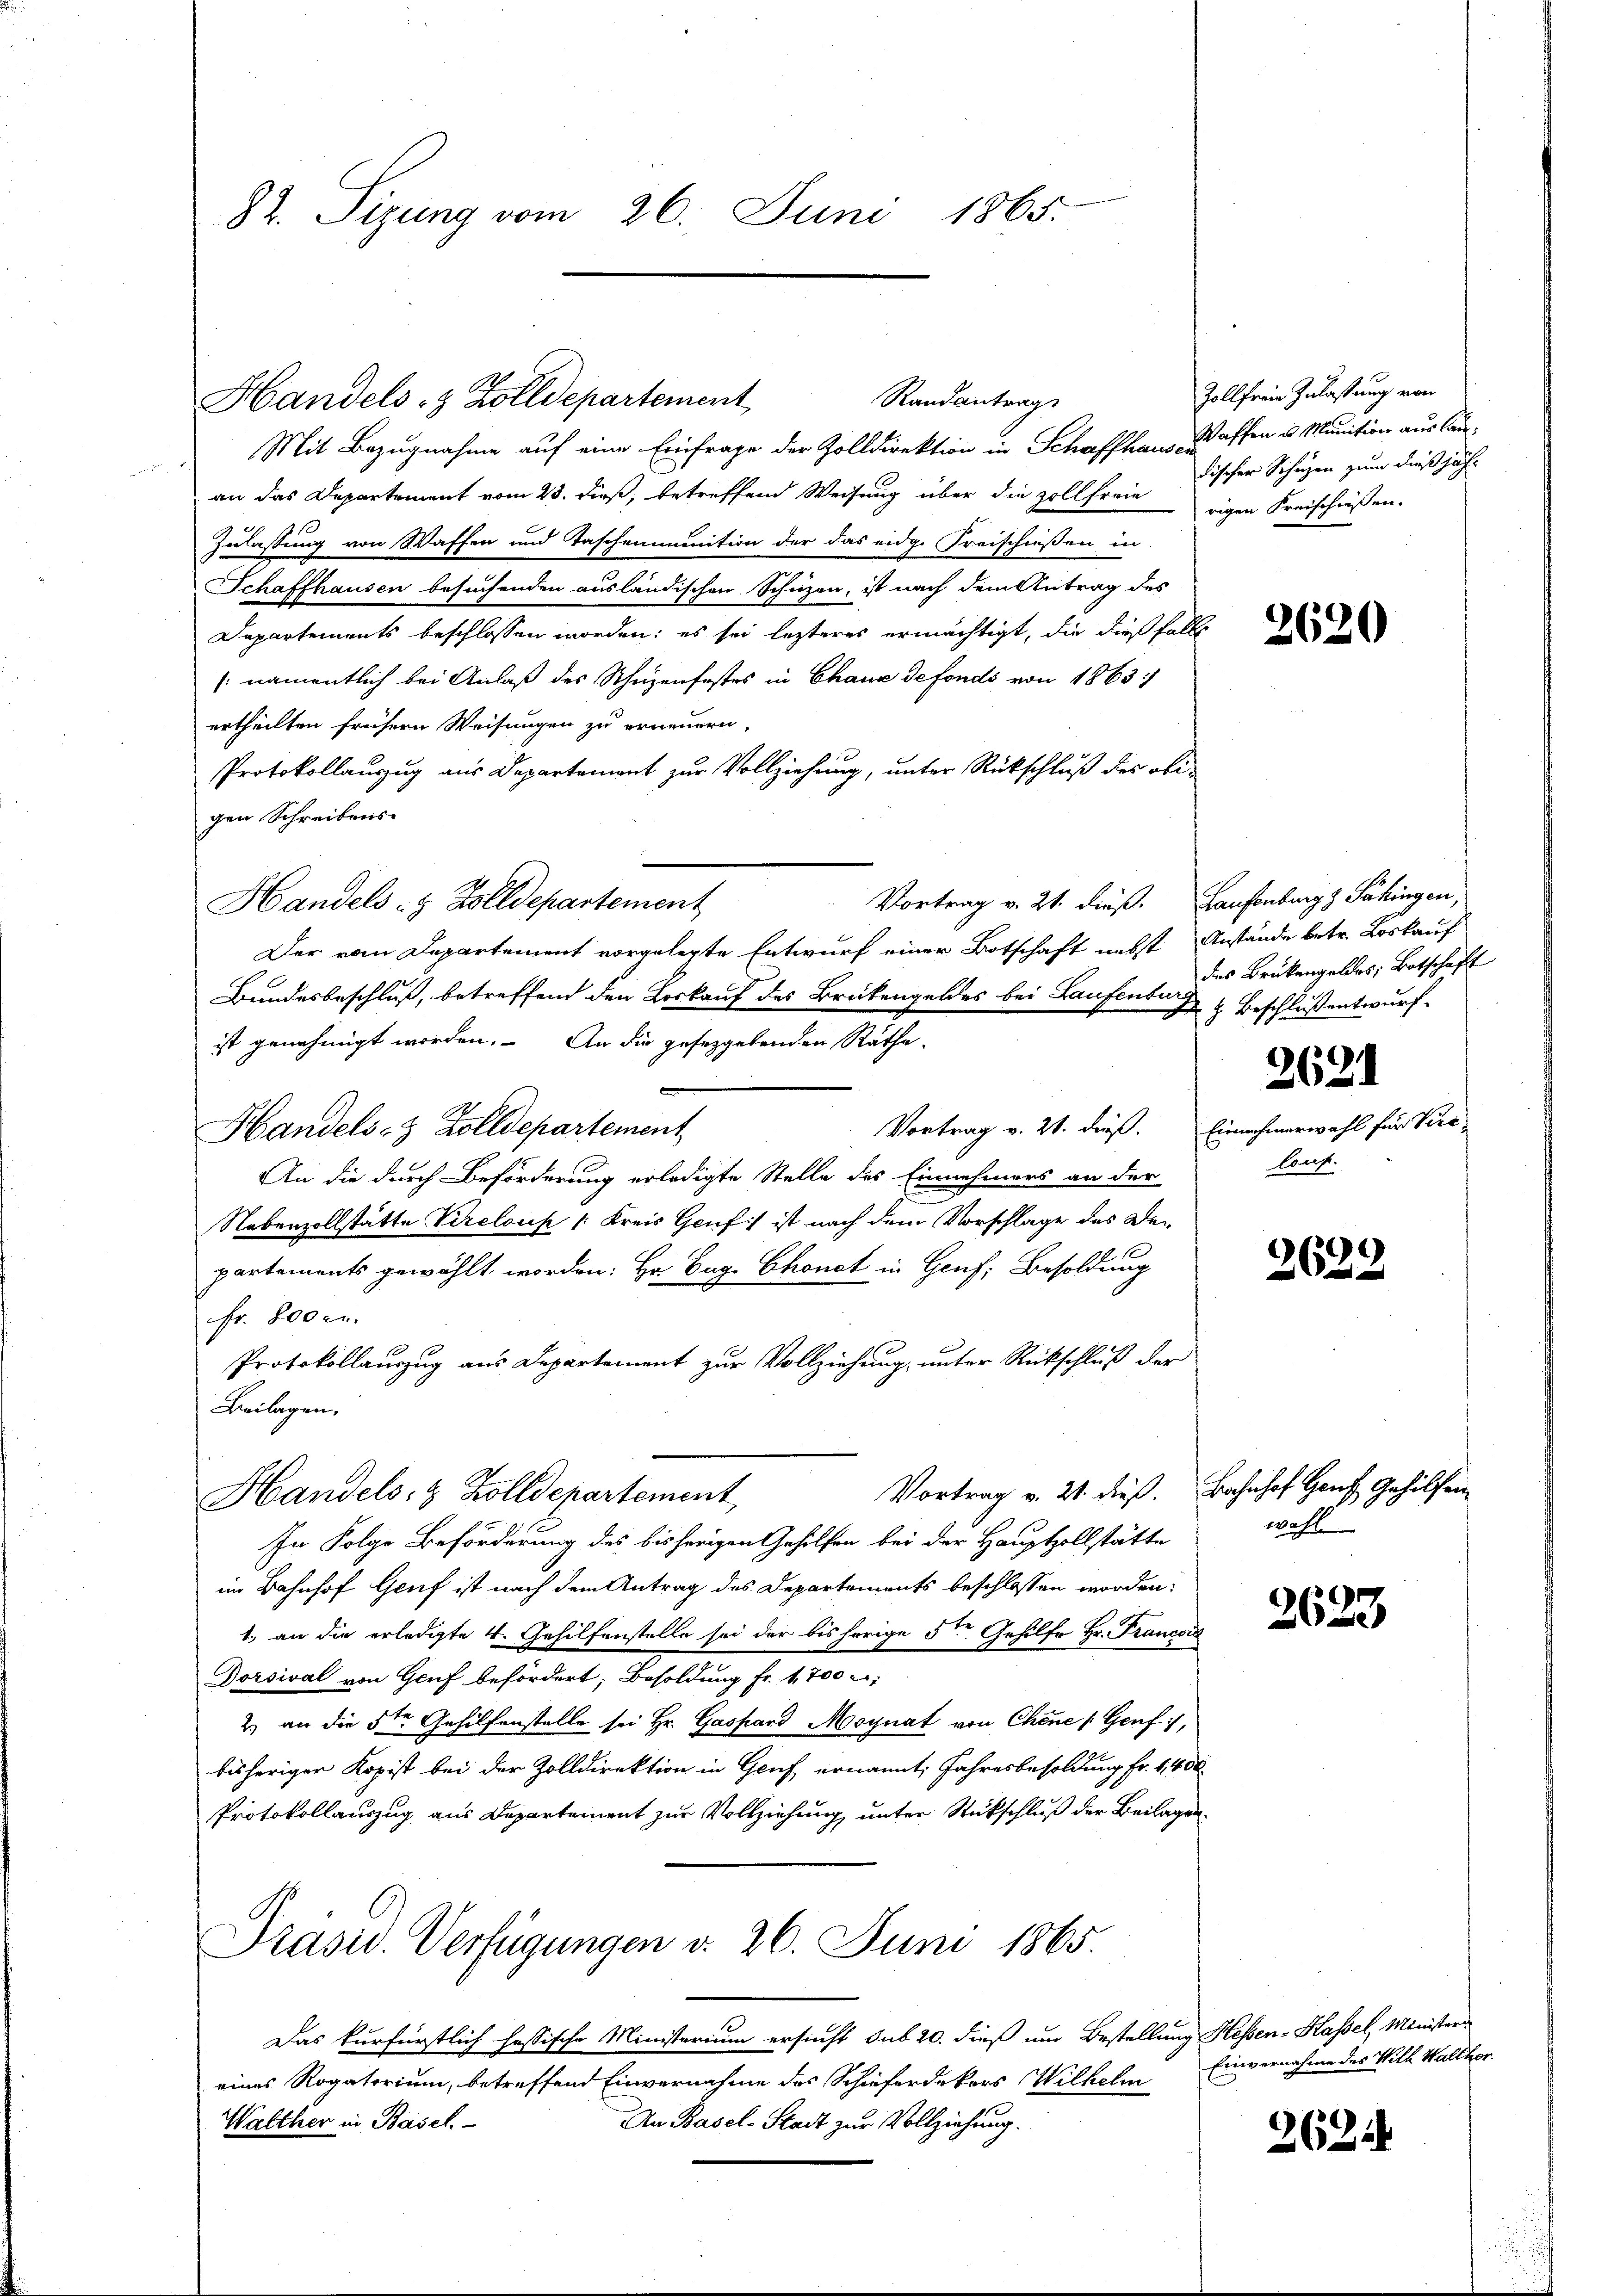
82. Sizung vom 26. Juni 1865.

Mit Bezugnahme auf eine Einfrage der Zolldirektion in Schaffhaus Waffen u. Munition aus Canan das Departement vom 23. dieß, betreffend Weisung über die Zollferierigen Kreischiessen.
Zulaßung von Waffen und Taschenmunition der das eidge Freischiessen in
Schaffhausen besuchenden ausländischen Schuzen, ist nach dem Antrag des
Departements beschlossen worden; es sei lezteres ermächtigt, die dießfalls
(namentlich bei Anlaß des Schuzenfostes in Chaux de fonds von 1863.
ertheilten frühern Weisungen zu erneuern.
Protokollauszug aus Departement zur Vollziehung, unter Rückschluß des obigen Schreibens-
Vortrag v. 21. dieß. Laufenburg z. Säkingen,
Handels- & Zolldepartement
Der vom Departement vorgelegte Entwurf einer Botschaft nebst Anstände betr. Loskauf
Bundesbeschluß, betreffend den Loskauf des Brükengeldes bei Laufenburg & Beschluß entwurf.
ist genehmigt worden. An die gesetzgebenden Räthe
Vortrag v. 21. dieß.
Handels- & Zolldepartement
An die durch Beförderung erledigte Stelle des Einnehmers an der
Nebenzollstätte Vireloup (Kreis Genf ist nach dem Vorschlage des Departements gewählt worden: Hr. Eug Chonet in Genf, Besoldung
Fr. 800 c.
Protokollauszug aus Departement zur Vollziehung, unter Rückschluß der
Beilagen.
Vortrag v. 21. dieß. Bahnhof Genf Gehilfein
Handels- & Zolldepartement,
In Folge Beförderung des bisherigen Gehilfen bei der Hauptzollstätte
im Bahnhof Genf ist nach dem Antrag des Departements beschlossen worden:
1.) an die erledigte 4. Gehilfenstelle sei der bisherige 5ten Gehilfe Hr. Francois
Dorsival von Genf befördert, Besoldung fr. 1700 r
2) an die 5ten Gehilfenstelle sei Hr. Gaspard Moynat von Chene Genf),
bisheriger Kopist bei der Zolldirektion in Gruf, ernannt: Jahresbesoldung Fr. 6400
Protokollauszug aus Departement zur Vollziehung unter Rückschluß der Beilagen¬

Handels- & Zolldepartement

Randantrag

Präsid. Verfügungen d. 26. Juni 1865.

Das kurfürstlich hassische Ministerium ersucht sub 20. dieß um Bestellung Hessen-Kassel, Ministeri
eines Rogatorium, betreffend Einvernahme des Schiefordekors Wilhelm
An Basel-Stadt zur Vollziehung.
Walther in Basel.

Zollfreie Zulassung von
discher Schuzen zum dießjähr

des Brükengeldes, Botschaft

2621
Einnehmerwahl für Vier

2620

lauf.

2689

wahl.

2623

Einvernahme des Will Walther

262